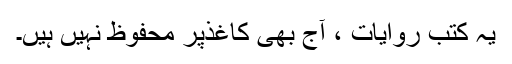
یہ کتب روایات ، آج بھی کاغذ‌پر محفوظ نہیں ہیں۔